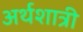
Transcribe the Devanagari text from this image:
अर्थशात्री